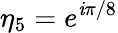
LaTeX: \eta_{5}=e^{\mathit{i}\pi/8}